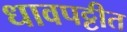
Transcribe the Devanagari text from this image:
धावपट्टीत